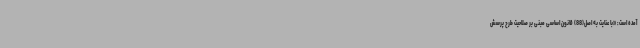
آمده است: «با عنایت به اصل(88) قانون اساسی مبنی بر صلاحیت طرح پرسش